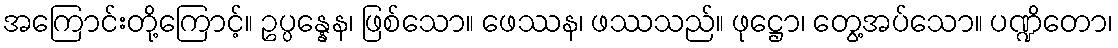
အကြောင်းတို့ကြောင့်။ ဥပ္ပန္နေန၊ ဖြစ်သော။ ဖေဿန၊ ဖဿသည်။ ဖုဋ္ဌော၊ တွေ့အပ်သော။ ပဏ္ဍိတော၊